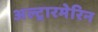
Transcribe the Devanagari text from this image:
अल्ट्रारमेरिन